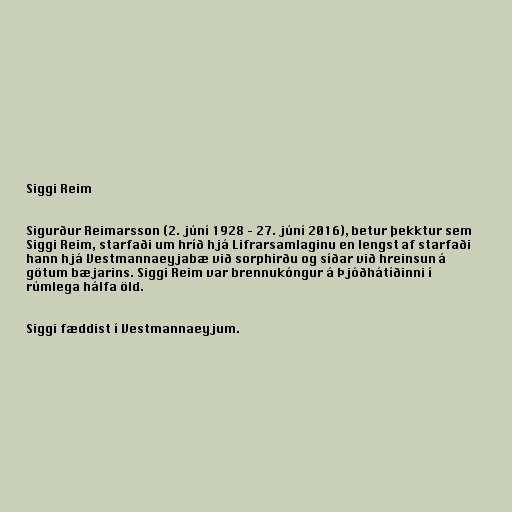
Siggi Reim

Sigurður Reimarsson (2. júní 1928 – 27. júní 2016), betur þekktur sem
Siggi Reim, starfaði um hríð hjá Lifrarsamlaginu en lengst af starfaði
hann hjá Vestmannaeyjabæ við sorphirðu og síðar við hreinsun á
götum bæjarins. Siggi Reim var brennukóngur á Þjóðhátíðinni í
rúmlega hálfa öld.

Siggi fæddist í Vestmannaeyjum.